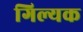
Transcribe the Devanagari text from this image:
गिल्यक